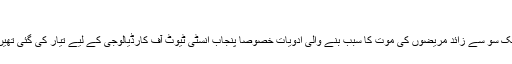
‘‘
ایک سو سے زائد مریضوں کی موت کا سبب بنے والی ادویات خصوصاً پنجاب انسٹی ٹیوٹ آف کارڈیالوجی کے لیے تیار کی گئی تھیں۔